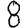
Digit: 8